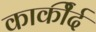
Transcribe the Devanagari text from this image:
कार्कीर्द